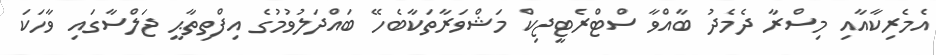
އެމެރިކާއާއި މިސްރާ ދެމެދު ބާއްވާ ސްޓްރެޓީޖިކް މަޝްވަރާތަކާބެހޭ ބައްދަލުވުމުގެ އިފްތިތާޙީ ޖަލްސާގައި ވާހަކަ